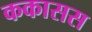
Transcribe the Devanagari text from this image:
ककासस